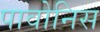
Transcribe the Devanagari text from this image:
पावोनिस